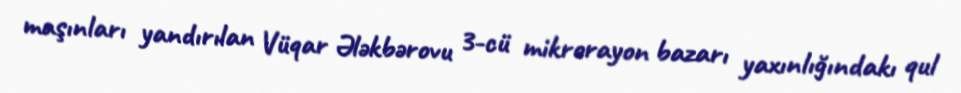
maşınları yandırılan Vüqar Ələkbərovu 3-cü mikrorayon bazarı yaxınlığındakı qul